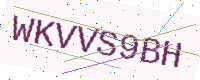
Text: WKVVS9BH